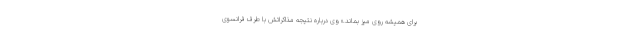
برای همیشه روی میز بماند.» وی درباره نتیجه مذاکراتش با طرف فرانسوی